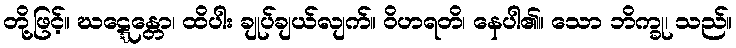
တို့ဖြင့်။ ဃဋ္ဋေန္တော၊ ထိပါး ချုပ်ချယ်လျက်။ ဝိဟရတိ၊ နေပါ၏။ သော ဘိက္ခု၊ သည်။